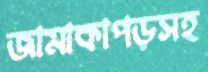
জামাকাপড়সহ